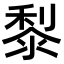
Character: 𪏭